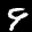
Label: 9